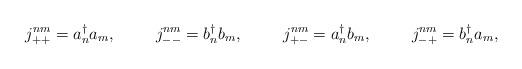
LaTeX: \begin{align*} j_{++}^{nm}=a_n^\dagger a_m, \hspace{1cm} j_{--}^{nm}=b_n^\dagger b_m, \hspace{1cm} j_{+-}^{nm}=a_n^\dagger b_m, \hspace{1cm} j_{-+}^{nm}=b_n^\dagger a_m,\end{align*}